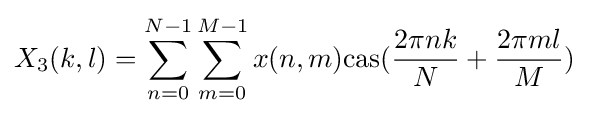
X_{3}(k,l)=\sum _{n=0}^{N-1}\sum _{m=0}^{M-1}x(n,m){\rm {cas}}({\frac {2\pi nk}{N}}+{\frac {2\pi ml}{M}})\;